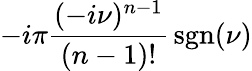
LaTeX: -i\pi{\frac{(-i\nu)^{n-1}}{(n-1)!}}\operatorname{sgn}(\nu)